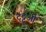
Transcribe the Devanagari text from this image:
ट्ट्टुओं